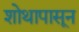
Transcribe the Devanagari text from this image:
शोथापासून